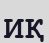
ИҚ